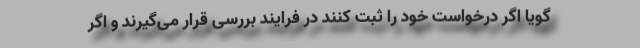
گویا اگر درخواست خود را ثبت کنند در فرایند بررسی قرار می‌گیرند و اگر